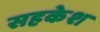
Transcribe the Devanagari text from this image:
सहकेश